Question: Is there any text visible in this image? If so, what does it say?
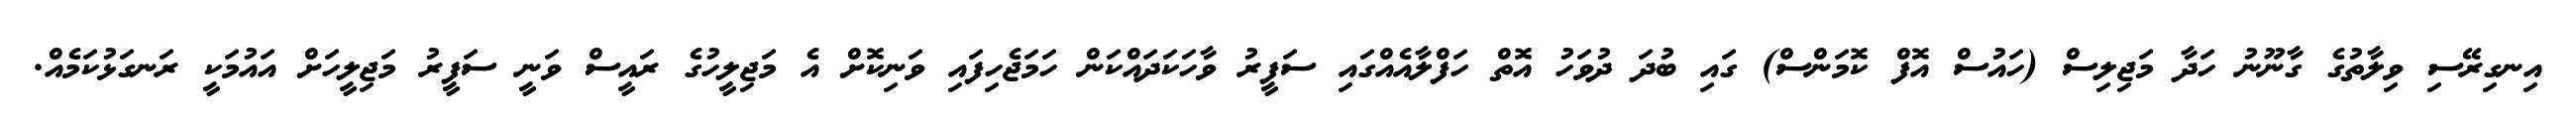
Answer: އިނގިރޭސި ވިލާތުގެ ގާނޫނު ހަދާ މަޖިލިސް (ހައުސް އޮފް ކޮމަންސް) ގައި ބުދަ ދުވަހު އޮތް ހަފްލާއެއްގައި ސަފީރު ވާހަކަދައްކަން ހަމަޖެހިފައި ވަނިކޮށް އެ މަޖިލީހުގެ ރައީސް ވަނީ ސަފީރު މަޖިލީހަށް އައުމަކީ ރަނގަޅުކަމެއް.